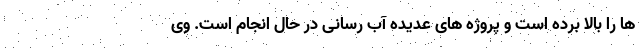
ها را بالا برده است و پروژه های عدیده آب رسانی در حال انجام است. وی